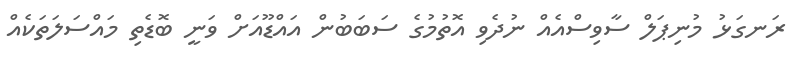
ރަނގަޅު މުނިޕަލް ސާވިސްއެއް ނުދެވި އޮތުމުގެ ސަބަބުން އައްޑޫއަށް ވަނީ ބޮޑެތި މައްސަލަތަކެއް